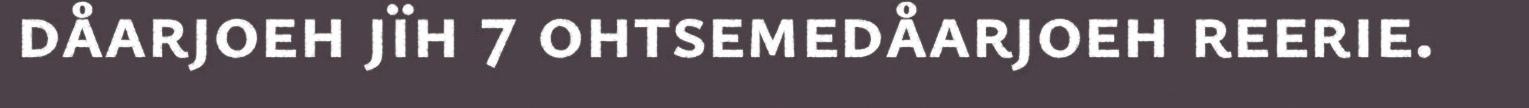
dåarjoeh jïh 7 ohtsemedåarjoeh reerie.